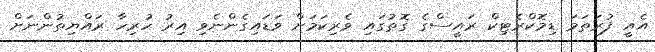
އެއީ ފުރަތަމަ ޑިމޮކްރެޓިކް ރައީސްގެ ގޮތުގައި ވެރިކަމަށް ވަޑައިގެންނެވި އިރު ހުރިހާ ރައްޔިތުންނަށް